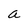
Character: a